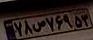
۷۸س۷۶۹۵۳